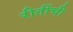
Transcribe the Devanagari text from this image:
रीतींची